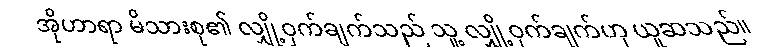
အိုဟာရာ မိသားစု၏ လျှို့ဝှက်ချက်သည် သူ့ လျှို့ဝှက်ချက်ဟု ယူဆသည်။